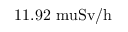
1 1 . 9 2 \mathrm { { \ m u } S v / h }